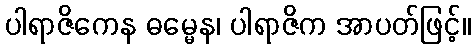
ပါရာဇိကေန ဓမ္မေန၊ ပါရာဇိက အာပတ်ဖြင့်။